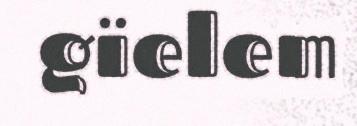
gïelem